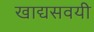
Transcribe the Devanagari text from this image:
खाद्यसवयी